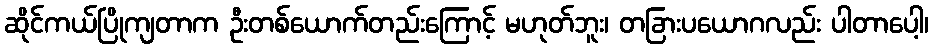
ဆိုင်ကယ်ပြိုကျတာက ဦးတစ်ယောက်တည်းကြောင့် မဟုတ်ဘူး၊ တခြားပယောဂလည်း ပါတာပေါ့၊